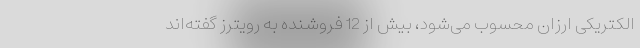
الکتریکی ارزان محسوب می‌شود، بیش از 12 فروشنده به رویترز گفته‌اند